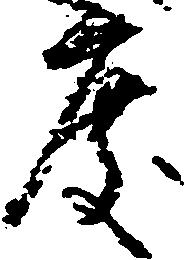
度